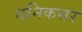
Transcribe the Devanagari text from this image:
धनिकसर